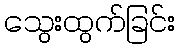
သွေးထွက်ခြင်း